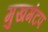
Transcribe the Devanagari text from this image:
मुखमंटप